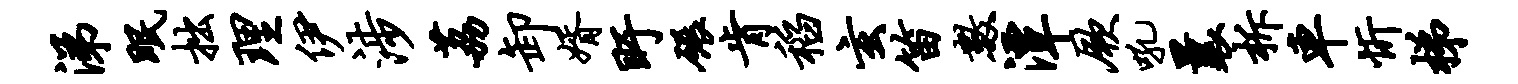
涕眠拙理伊涉荔卸婿盱碾肯稻玄笛数潭厥吼曩柝车忻梯